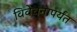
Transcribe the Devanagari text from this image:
विवेचनापर्यंत